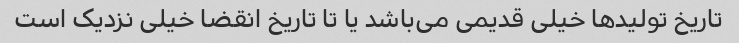
تاریخ تولیدها خیلی قدیمی می‌باشد یا تا تاریخ انقضا خیلی نزدیک است